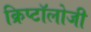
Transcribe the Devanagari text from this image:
क्रिप्टॉलोजी